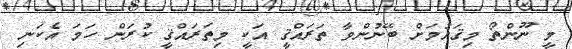
މީ ނޫންތޯ މިޤައުމަށް ބޭނުންވާ ތަރައްޤީ އަކީ މިތަރައްޤީ ކުރަން ހަމަ އެކަނި